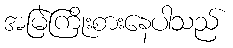
အမြဲကြိုးစားနေပါသည်